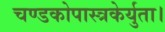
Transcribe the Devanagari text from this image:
चण्डकोपास्त्रकेर्युता।